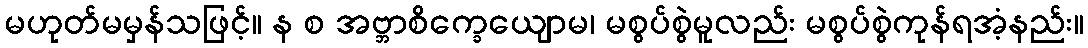
မဟုတ်မမှန်သဖြင့်။ န စ အဗ္ဘာစိက္ခေယျောမ၊ မစွပ်စွဲမူလည်း မစွပ်စွဲကုန်ရအံ့နည်း။